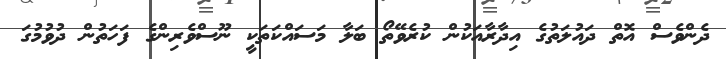
ދެންވެސް އޮތް ދައުލަތުގެ އިދާރާއަކުން ކުރެވޭތޯ ބަލާ މަސައްކަތަކީ ނޫސްވެރިންގެ ފަހަތުން ދުވުމުގަ